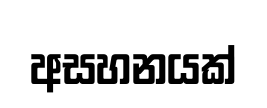
අසහනයක්